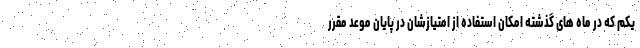
یکم که در ماه های گذشته امکان استفاده از امتیازشان در پایان موعد مقرر